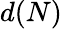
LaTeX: d(N)